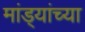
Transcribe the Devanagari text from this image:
मांड्यांच्या